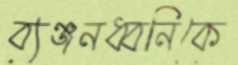
ব্যঞ্জনধ্বনিকে